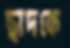
ছাদকে